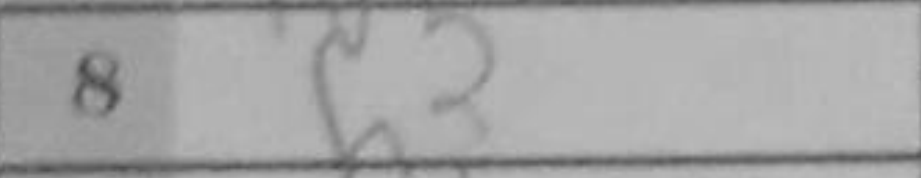
Transcription: b3